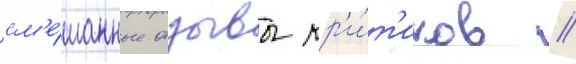
см'е́шанные отзывы кр'и́т'иков /